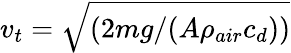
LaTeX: v_{t}=\sqrt{(2mg/(A\rho_{air}c_{d}))}